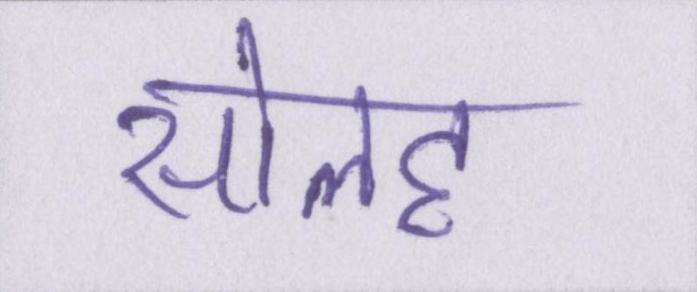
सोलह